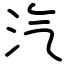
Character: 汽